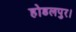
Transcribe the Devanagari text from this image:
होडलपुर।